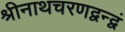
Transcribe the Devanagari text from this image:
श्रीनाथचरणद्वन्द्वं